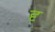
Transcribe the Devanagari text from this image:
दृ